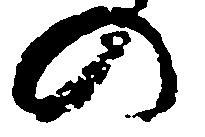
の